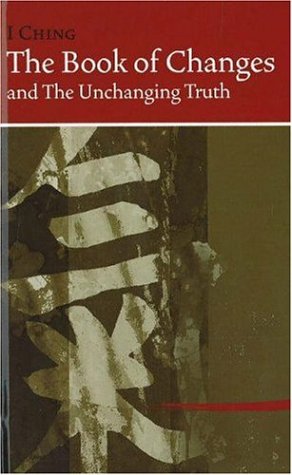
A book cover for I Ching The Book of Changes: And the Unchanging Truth, Revised Edition; Hua-Ching Ni; Religion & Spirituality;